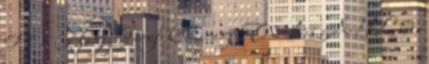
0 1 1 Nagy Gergő Chicago Wolves AHL 6.